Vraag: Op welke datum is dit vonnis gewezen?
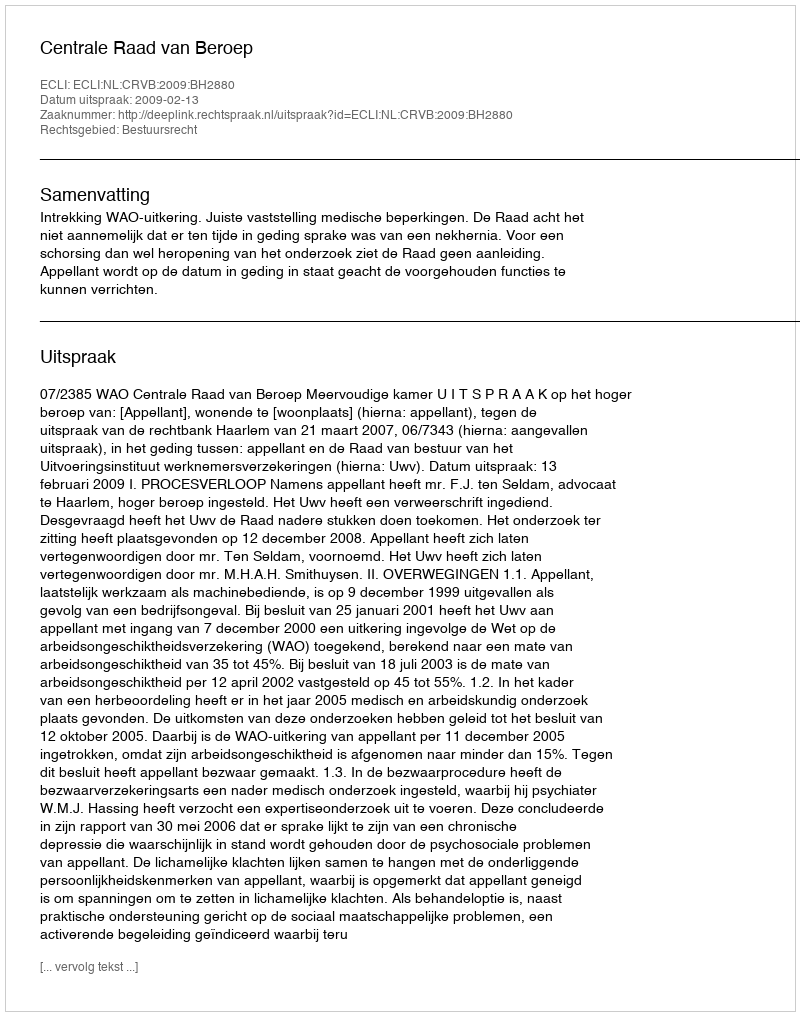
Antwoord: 2009-02-13